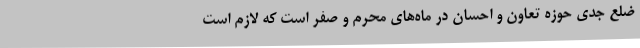
ضلع جدی حوزه تعاون و احسان در ماه‌های محرم و صفر است که لازم است